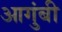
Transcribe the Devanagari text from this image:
आगुंबी